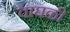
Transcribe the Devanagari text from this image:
वाघळी